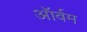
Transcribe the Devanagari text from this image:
ऑर्वम